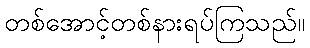
တစ်အောင့်တစ်နားရပ်ကြသည်။